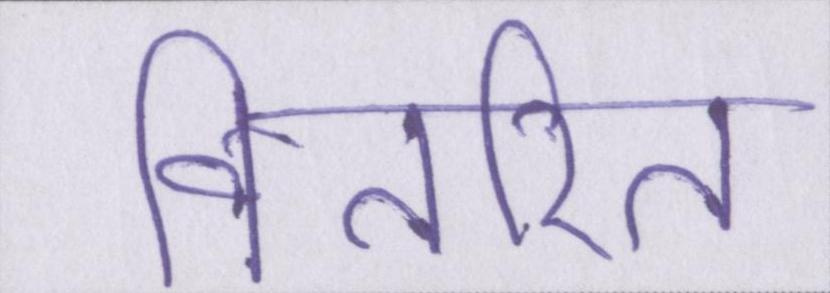
वितरित